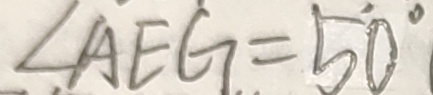
\angle A E G = 5 0 ^ { \circ }